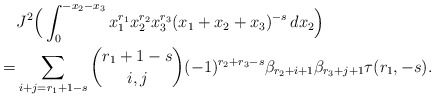
\begin{align*}&J^2\Big(\int_0^{-x_2-x_3}x_1^{r_1}x_2^{r_2}x_3^{r_3}(x_1+x_2+x_3)^{-s} \,dx_2\Big)\\=&\sum_{i+j=r_1+1-s}\binom{r_1+1-s}{i,j}(-1)^{r_2+r_3-s}\beta_{r_2+i+1}\beta_{r_3+j+1}\tau(r_1,-s).\end{align*}